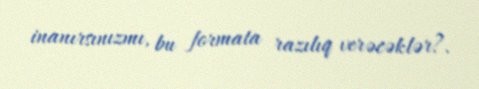
inanırsınızmı, bu formata razılıq verəcəklər?.